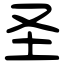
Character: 圣